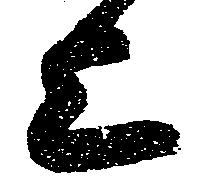
上